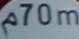
70m